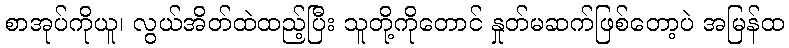
စာအုပ်ကိုယူ၊ လွယ်အိတ်ထဲထည့်ပြီး သူတို့ကိုတောင် နှုတ်မဆက်ဖြစ်တော့ပဲ အမြန်ထ